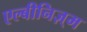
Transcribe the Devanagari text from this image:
एल्बीनिज़्म